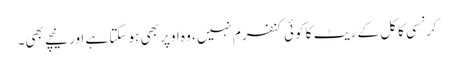
کرنسی کا کل کے ریٹ کا کوئی کنفرم نہیں، وہ اوپر بھی ہو سکتا ہے اور نیچے بھی۔